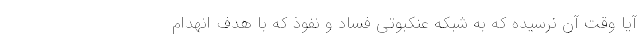
آیا وقت آن نرسیده که به شبکه عنکبوتی فساد و نفوذ که با هدف انهدام